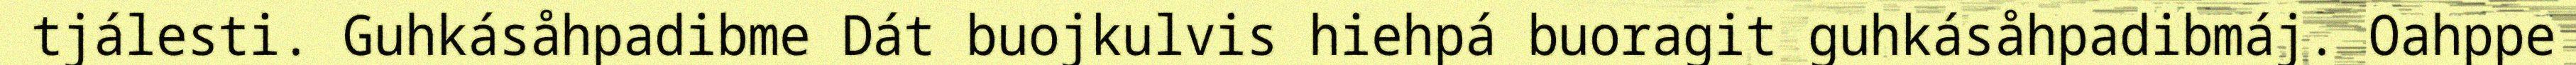
tjálesti. Guhkásåhpadibme Dát buojkulvis hiehpá buoragit guhkásåhpadibmáj. Oahppe